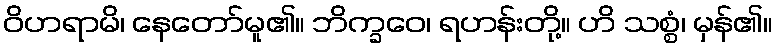
ဝိဟရာမိ၊ နေတော်မူ၏။ ဘိက္ခဝေ၊ ရဟန်းတို့။ ဟိ သစ္စံ၊ မှန်၏။